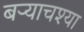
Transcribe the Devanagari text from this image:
बर्‍याचश्या